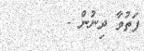
ފަތުވާ ދިނުން -